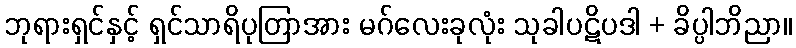
ဘုရားရှင်နှင့် ရှင်သာရိပုတြာအား မဂ်လေးခုလုံး သုခါပဋိပဒါ + ခိပ္ပါဘိညာ။